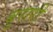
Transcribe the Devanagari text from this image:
बुरारी